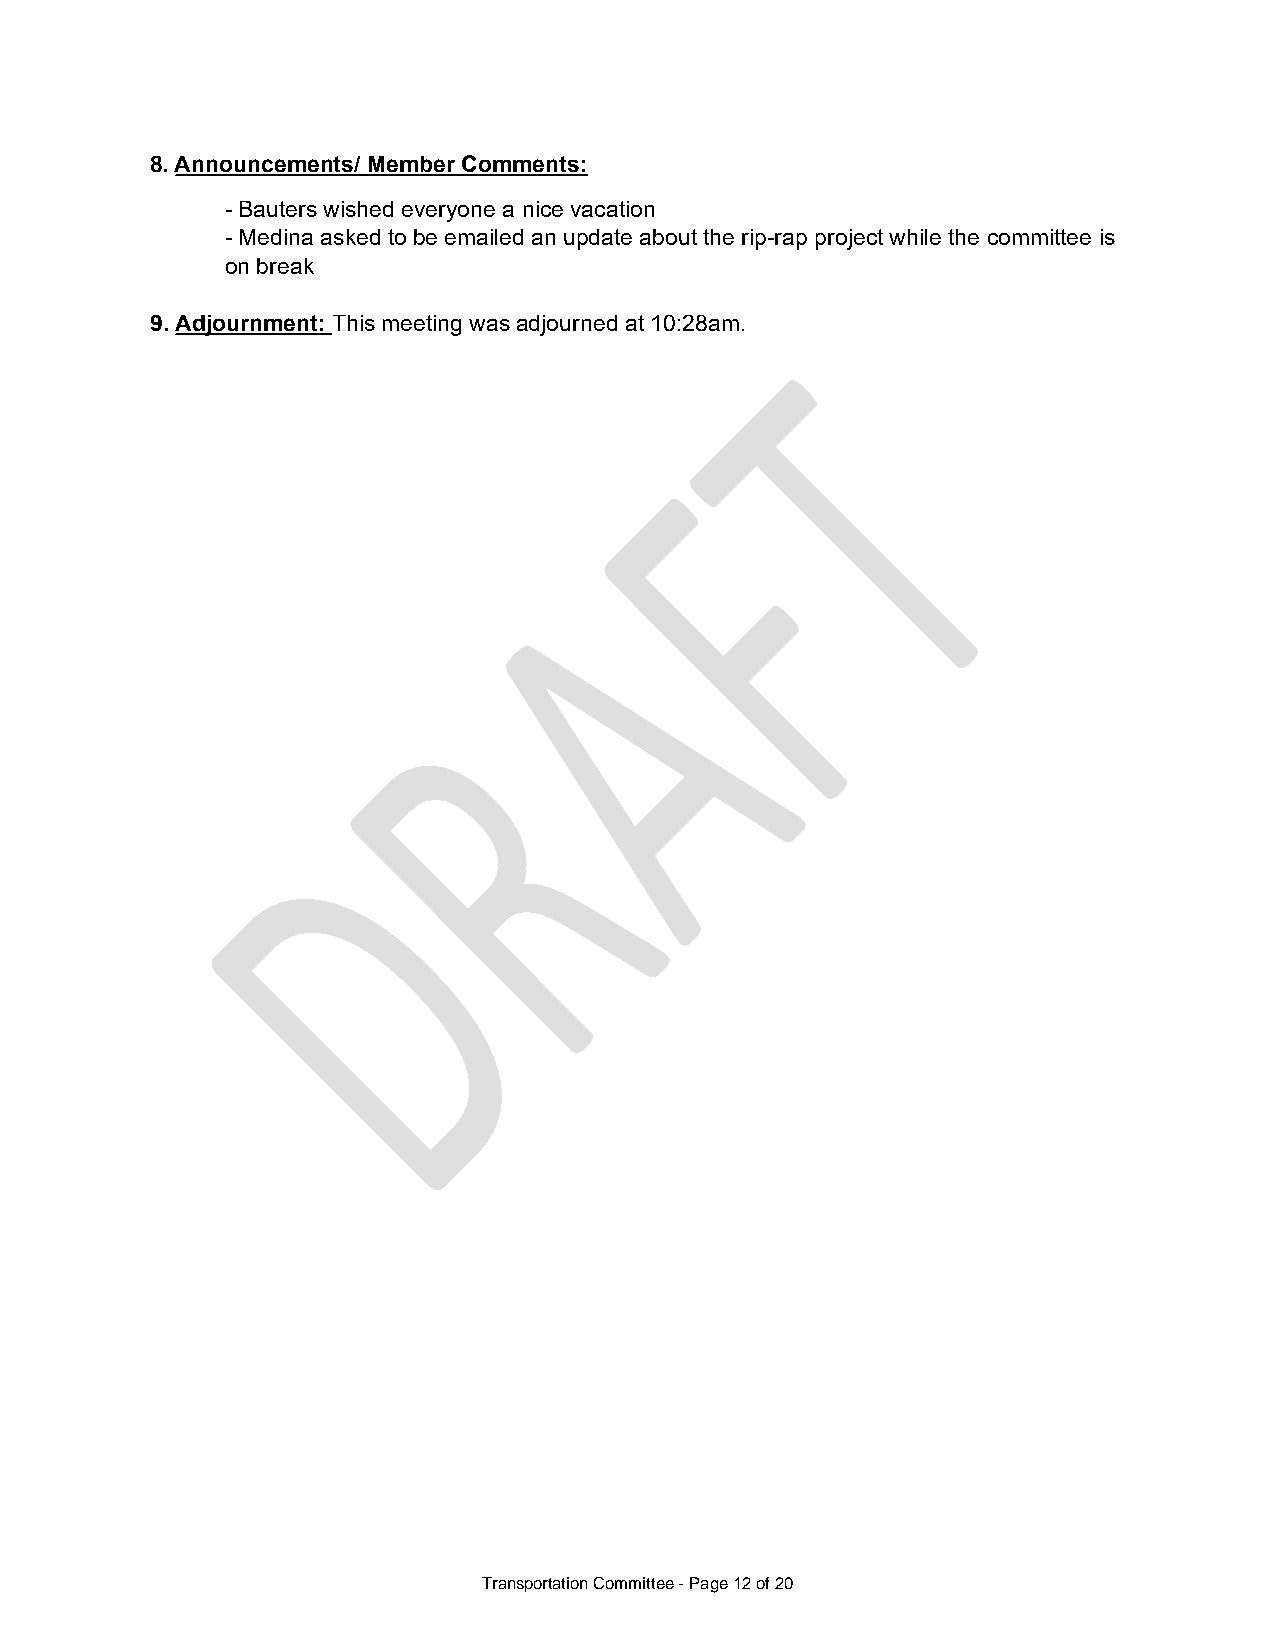
8. Announcements/ Member Comments:
 - Bauters wished everyone a nice vacation
 - Medina asked to be emailed an update about the rip-rap project while the committee is
 on break
 9. Adjournment: This meeting was adjourned at 10:28am.
 Transportation Committee - Page 12 of 20